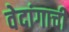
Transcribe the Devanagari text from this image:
वेदांगाची